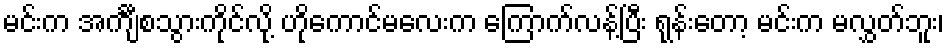
မင်းက အင်္ကျီစသွားကိုင်လို့ ဟိုကောင်မလေးက ကြောက်လန့်ပြီး ရုန်းတော့ မင်းက မလွှတ်ဘူး၊